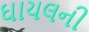
ઘાયલની